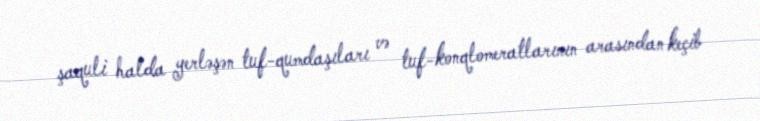
şaquli halda yerləşən tuf-qumdaşıları və tuf-konqlomeratlarının arasından keçib